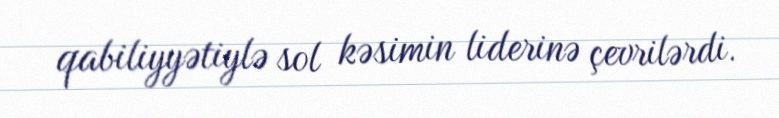
qabiliyyətiylə sol kəsimin liderinə çevrilərdi.